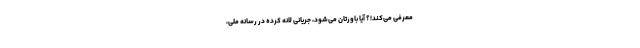
معرفی می‌کند!؟ آیا باورتان می‌شود، جریانی لانه کرده در رسانه ملی،